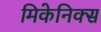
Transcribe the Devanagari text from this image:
मिकेनिक्स